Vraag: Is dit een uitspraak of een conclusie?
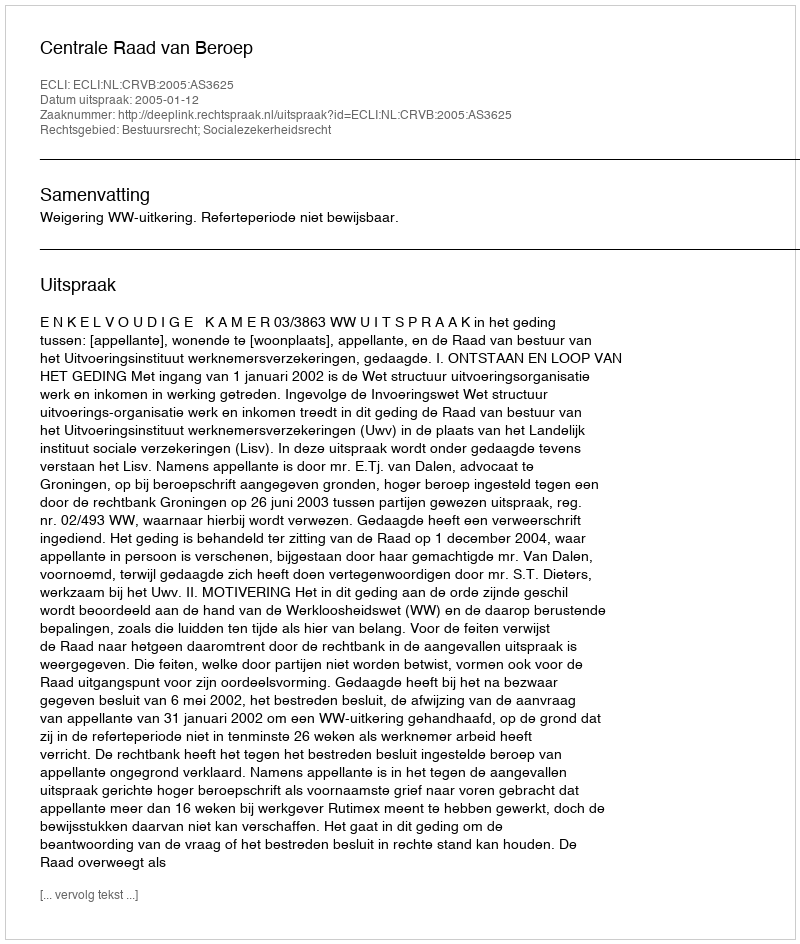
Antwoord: Uitspraak